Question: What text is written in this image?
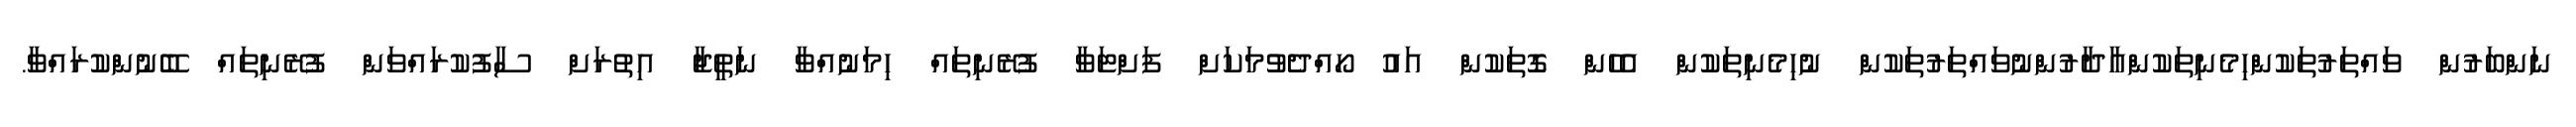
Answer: ނަންބަރުން ވައްތަރުތަކުންހިމެނިތަކުންއާދާރުންނުވައްތަރުތަކުން ނުހިމެނިތަކުން އެހެން ގޮތަކުން އައު ހޯއްދެވުމަކަށް ފަށްޓަވާ ފުރޭނިތައް ހިމަނުއްވާ ނަތީޖާ އިތުރަށް ސާފުކުރައްވަން ފުރޭނިތައް ބޭނުންކުރައްވާ.